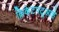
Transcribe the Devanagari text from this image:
क्रिकेटपटूआहे